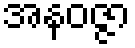
အနဝဇ္ဇာ